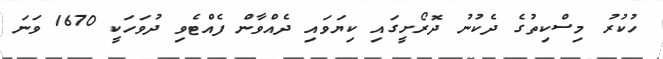
ހުކުރު މިސްކިތުގެ ދެކުނު ދޮރޯށީގައި ކިޔަވައި ދެއްވާން ފެއްޓެވި ދުވަހަކީ 1670 ވަނަ